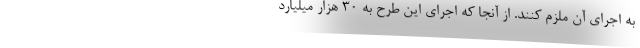
به اجرای آن ملزم کنند. از آنجا که اجرای این طرح به ۳۰ هزار میلیارد